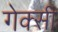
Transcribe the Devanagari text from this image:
गेक्सी